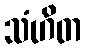
သံဟိတ